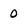
Character: 0